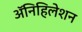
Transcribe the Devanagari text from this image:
ॲनिहिलेशन